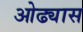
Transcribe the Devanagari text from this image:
ओढ्यास